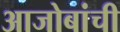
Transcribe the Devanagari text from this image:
आजोबांची